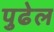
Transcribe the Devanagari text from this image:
पुढेल